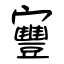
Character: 寷